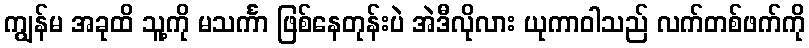
ကျွန်မ အခုထိ သူ့ကို မသင်္ကာ ဖြစ်နေတုန်းပဲ အဲဒီလိုလား ယုကာဝါသည် လက်တစ်ဖက်ကို